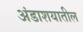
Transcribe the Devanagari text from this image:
अंडाशयातील